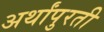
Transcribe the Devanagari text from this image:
अर्थांपुरती